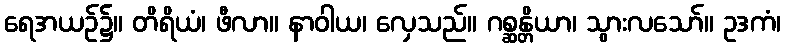
ရေအယဉ်၌။ တိရိယံ၊ ဖီလာ။ နာဝါယ၊ လှေသည်။ ဂစ္ဆန္တိယာ၊ သွားလသော်။ ဥဒကံ၊